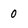
Character: 0